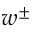
w ^ { \pm }